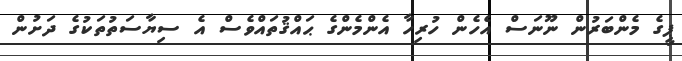
ޕީގެ މެންބަރުން ނޫނަސް އެހެން ހުރިހާ އެންމެންގެ ޙައްޤުތައްވެސް އެ ސިޔާސަތުތަކުގެ ދަށުން